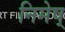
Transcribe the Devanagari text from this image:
निमेष्